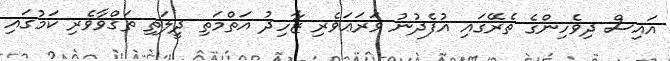
އައިސް ދިވެހިންގެ ތެރޭގައި އުފެދުނު ވަރަޢަވެރި ޒާހިދު އަތްމަތި ދީލަތި ތަޤްވާވެރި ކަމުގައި